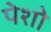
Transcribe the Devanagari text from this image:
पेशो